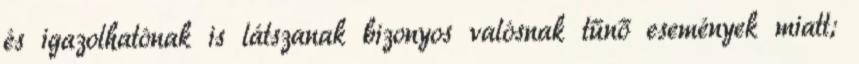
és igazolhatónak is látszanak bizonyos valósnak tűnő események miatt;